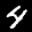
Label: 4